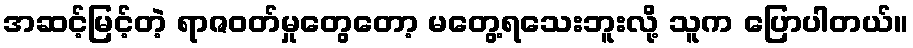
အဆင့်မြင့်တဲ့ ရာဇဝတ်မှုတွေတော့ မတွေ့ရသေးဘူးလို့ သူက ပြောပါတယ်။